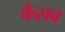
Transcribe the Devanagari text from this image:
केसव